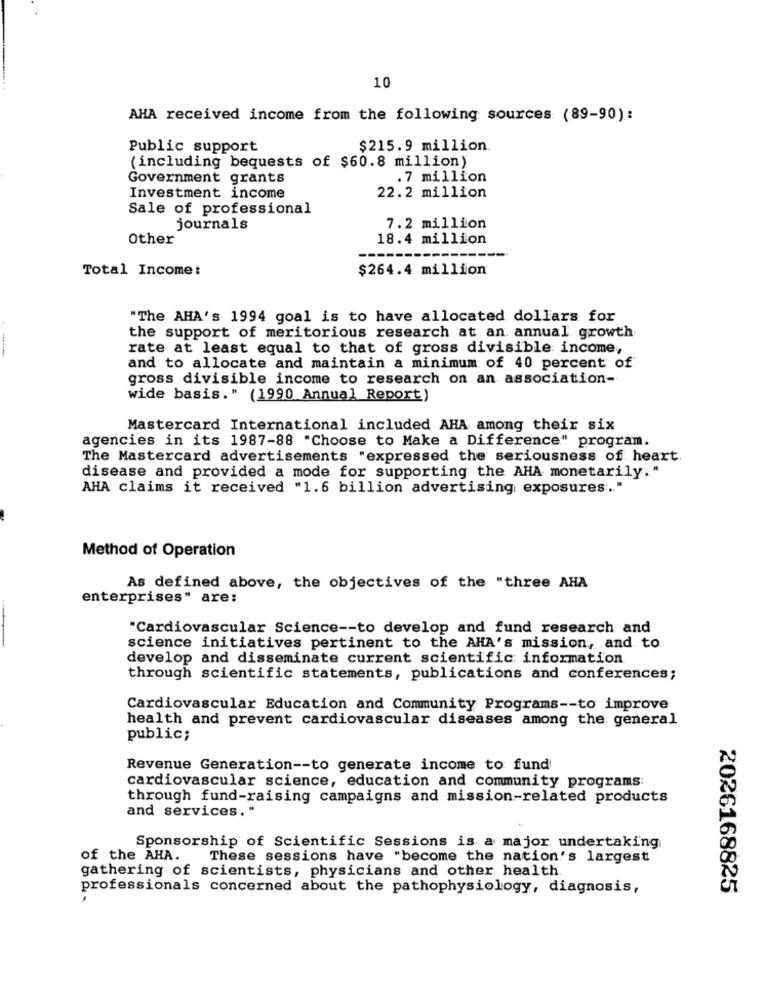
10
AHA received income from the following sources (89-90):
Public support
$215.9 million.
(including bequests of $60.8 million)
Government grants
.7 million
Investment income
22.2 million
Sale of professional
journals
7.2 million
Other
18.4 million
Total Income:
$264.4 million
"The AHA's 1994 goal is to have allocated dollars for
the support of meritorious research at an annual growth
rate at least equal to that of gross divisible income,
and to allocate and maintain a minimum of 40 percent of
gross divisible income to research on an association-
wide basis." (1990 Annual Report)
Mastercard International included AHA among their six
agencies in its 1987-88 "Choose to Make a Difference" program.
The Mastercard advertisements "expressed the seriousness of heart.
disease and provided a mode for supporting the AHA monetarily."
AHA claims it received "1.6 billion advertising exposures .. "
Method of Operation
As defined above, the objectives of the "three AHA
enterprises" are:
"Cardiovascular Science -- to develop and fund research and
science initiatives pertinent to the AHA's mission, and to
develop and disseminate current scientific information
through scientific statements, publications and conferences;
Cardiovascular Education and Community Programs -- to improve:
health and prevent cardiovascular diseases among the general
public;
Revenue Generation -- to generate income to fund
cardiovascular science, education and community programs:
through fund-raising campaigns and mission-related products
and services. "
Sponsorship of Scientific Sessions is a major undertaking
of the AHA.
These sessions have "become the nation's largest
gathering of scientists, physicians and other health.
professionals concerned about the pathophysiology, diagnosis,
2026168825